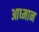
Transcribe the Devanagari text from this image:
आध्मान